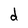
Character: d